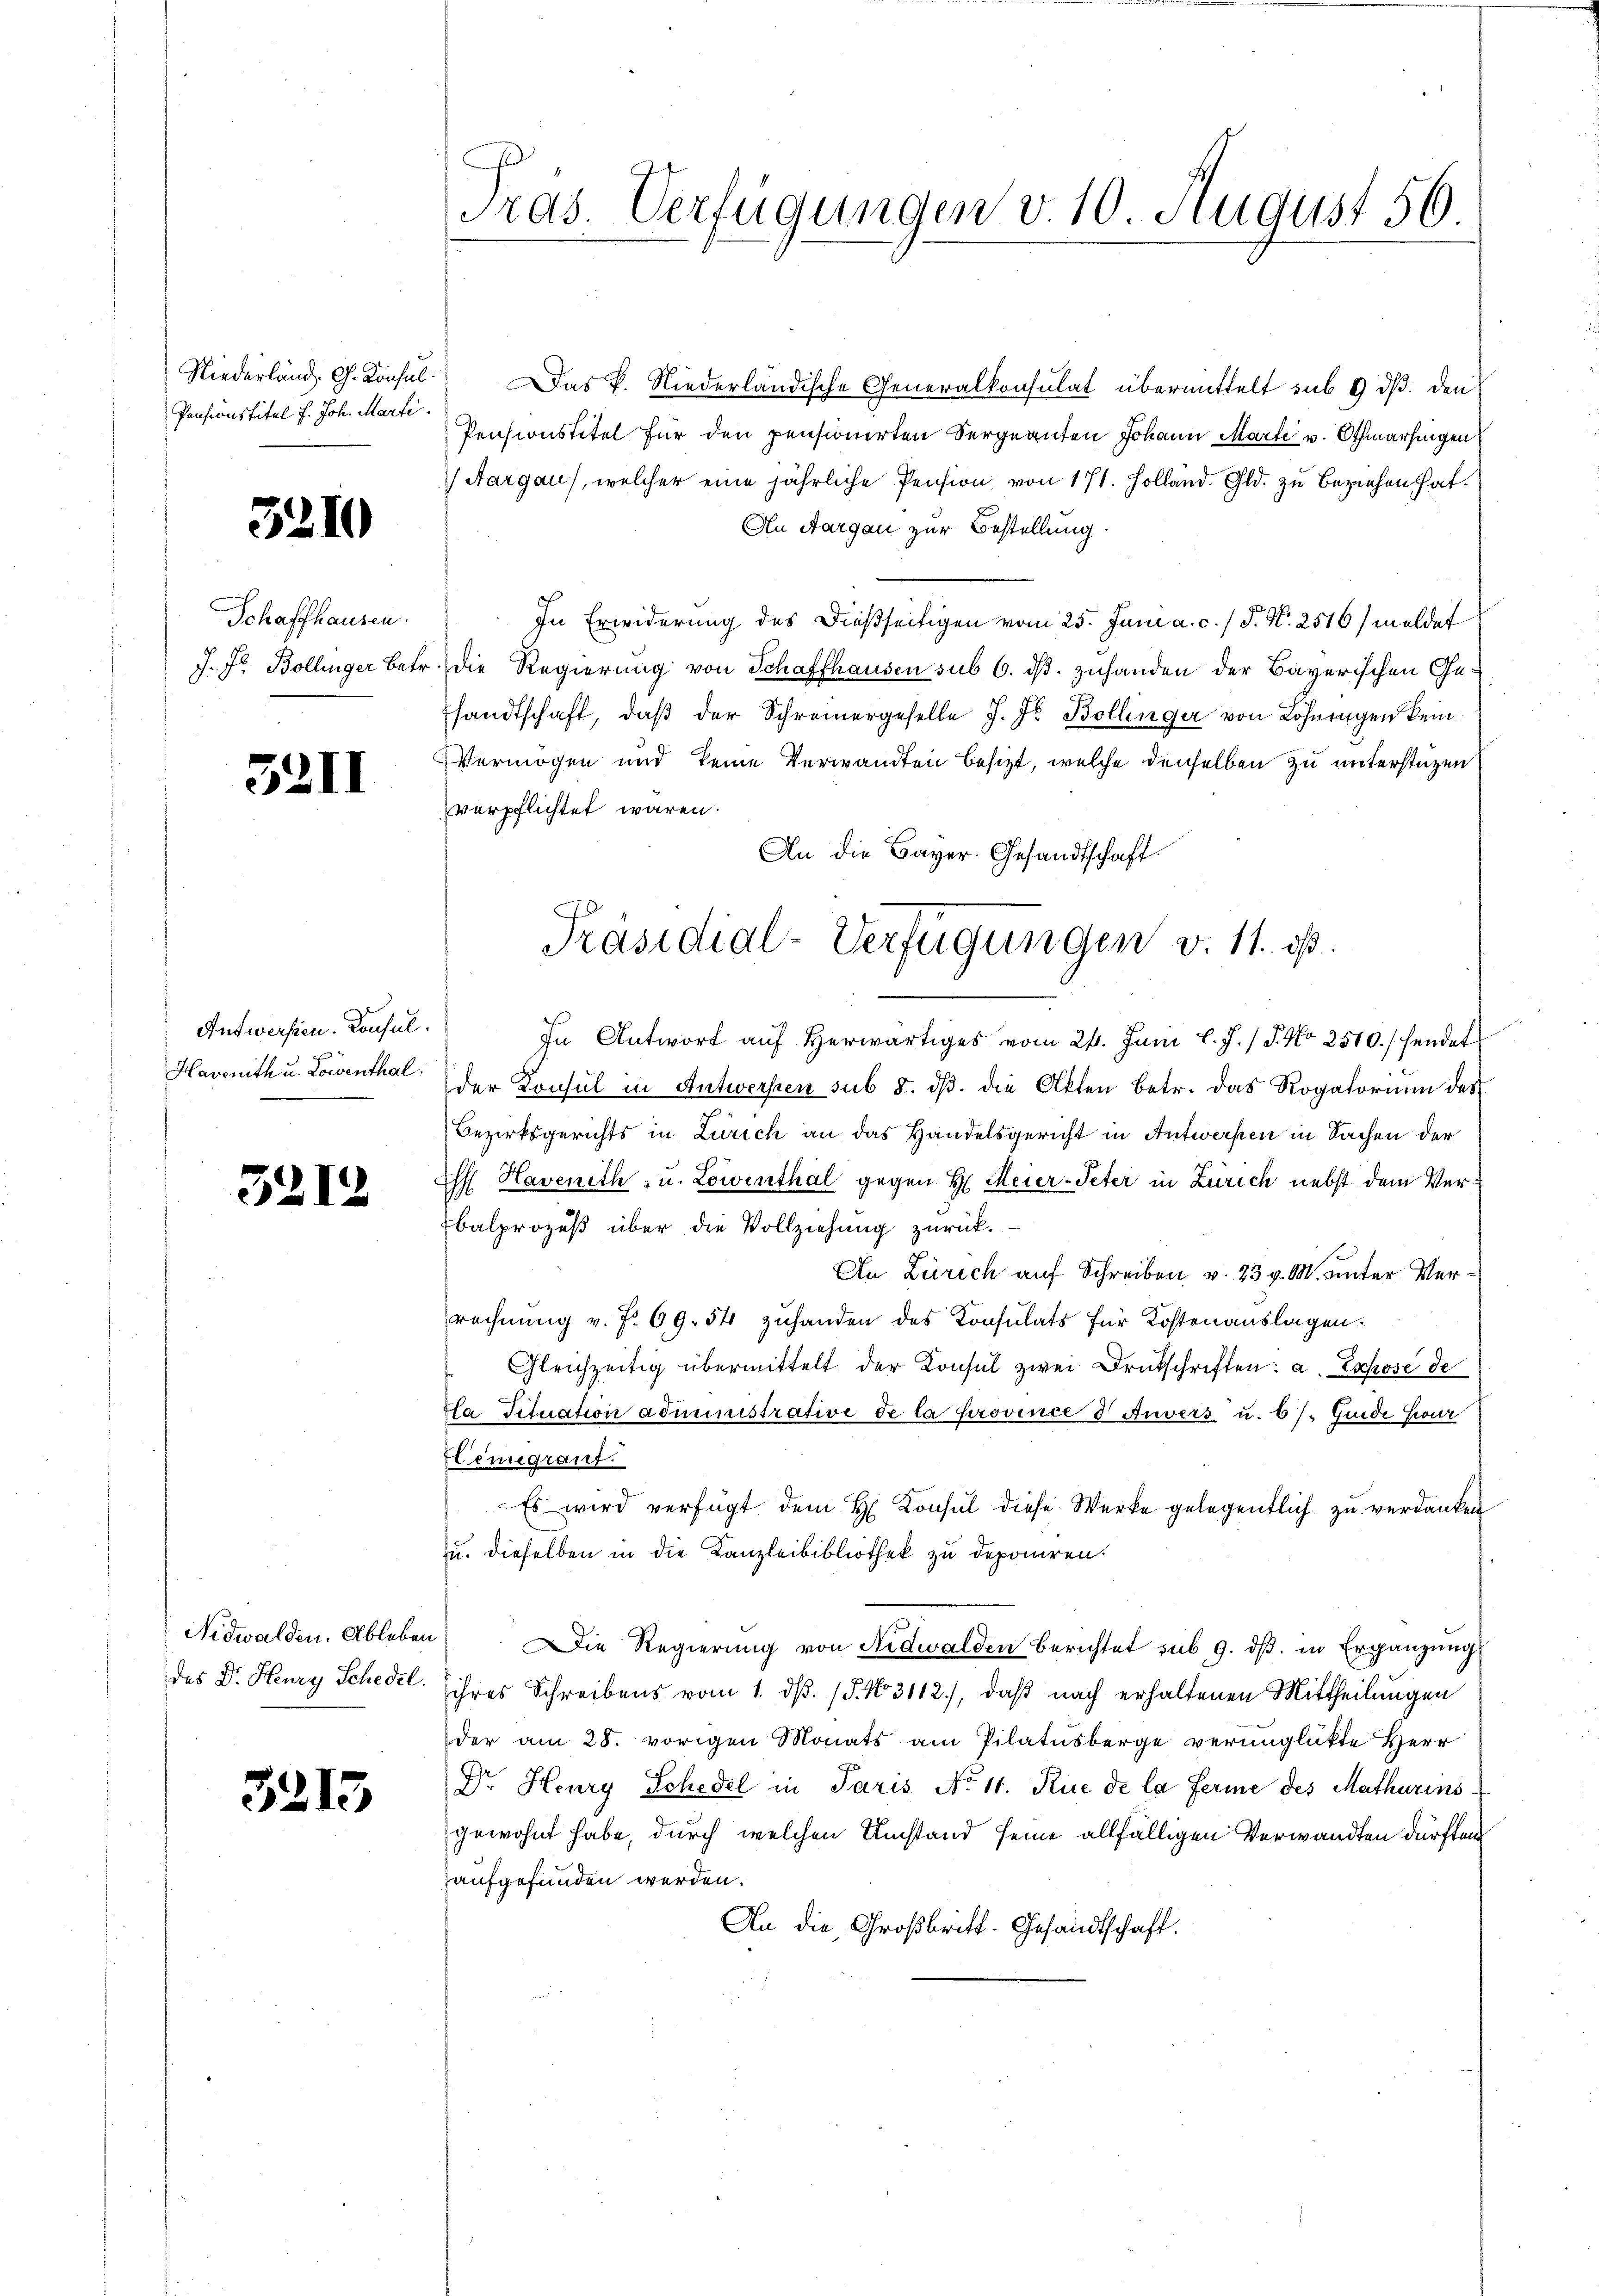
Niederland, G. Konsul
Pensionstitel f. Joh. Marti

5210

Schaffhausen.
J. J. Bollinger betr.

38

II

Antwerfen. Konful.
Havenith u. Lorenthal:

3212

Nidwalden. Ableben
des Dr. Heury Schedel.

3213

ras. Verfügungen v. 10. August 56.

Das P. Niederländische Generalkonsulat übermittelt sub 9 dß: den
Pensionstitel für den pensionirten Vergnanten Johann Marte v. Othmarsingen
) Aargau), welcher eine jährliche Pension von 171. Holland. Gld. zu beziehen hat.
An Aargau zur Bestellung.
In Erwiderung des dießseitigen vom 25. Juni a. c. / P. Nr. 2516/ meldet
die Regierung von Schaffhausen sub 6. ds. zuhanden der Bayerischen Gesandtschaft, daß der Schreinergeselbe J. Fr. Bollinger von Löhnungen kein
Vermögen und keine Verwandten besizt, welche denselben zu unterstüzen
verpflichtet waren.
An die Bayer. Gesandtschaft
In Antwort aŭf herwärtiges vom 24. Juni l. J. J. No 2510./ hendet
der Konsul in Antwersten sub 5. dβ. die Akten betr. das Rogatorium des
Bezirksgerichts in Zürich an das Handelsgericht in Antwerken in Sachen der
hf Havenith - u. Lowenthal gegen H: Meier-Peter in Zürich nebst dem Verbalprozeß über die Vollziehung zurück-
An Zürich auf Schreiben v. 23 v. M. unter Verrechnung v. J. 69. 54 zuhanden des Konsulats für Kostenauslagen.
Gleichzeitig übermittelt der Konsul zwei Druckschriften: a. Expose de
Ha Tituation administrative de la province 8 Anvers u. 6/. Guide Cour
Hemigrauf.
Es wird verfügt dem H. Konsul diese Werke gelegentlich zu verdanken
u. dieselben in die Kanzleibibliothek zu deponiren.
Die Regierung von Nidwalden berichtet sub 9. dβ. in Ergänzŭng
ihres Schreibens vom 1. d. 15. No. 3112), daß nach erhaltenen Mittheilungen
der am 28. vorigen Monats am Pilatusberge verunglükte Herr
Dr. Henry Schedel in Paris No 11. Rue de la ferme des Matharins
gewohnt habe, durch welchen Umstand seine allfälligen Verwandten dürften
aufgefunden werden.
An die Großbritt. Gesandtschaft.

Präsidial-Verfügungen v. 11. ds.